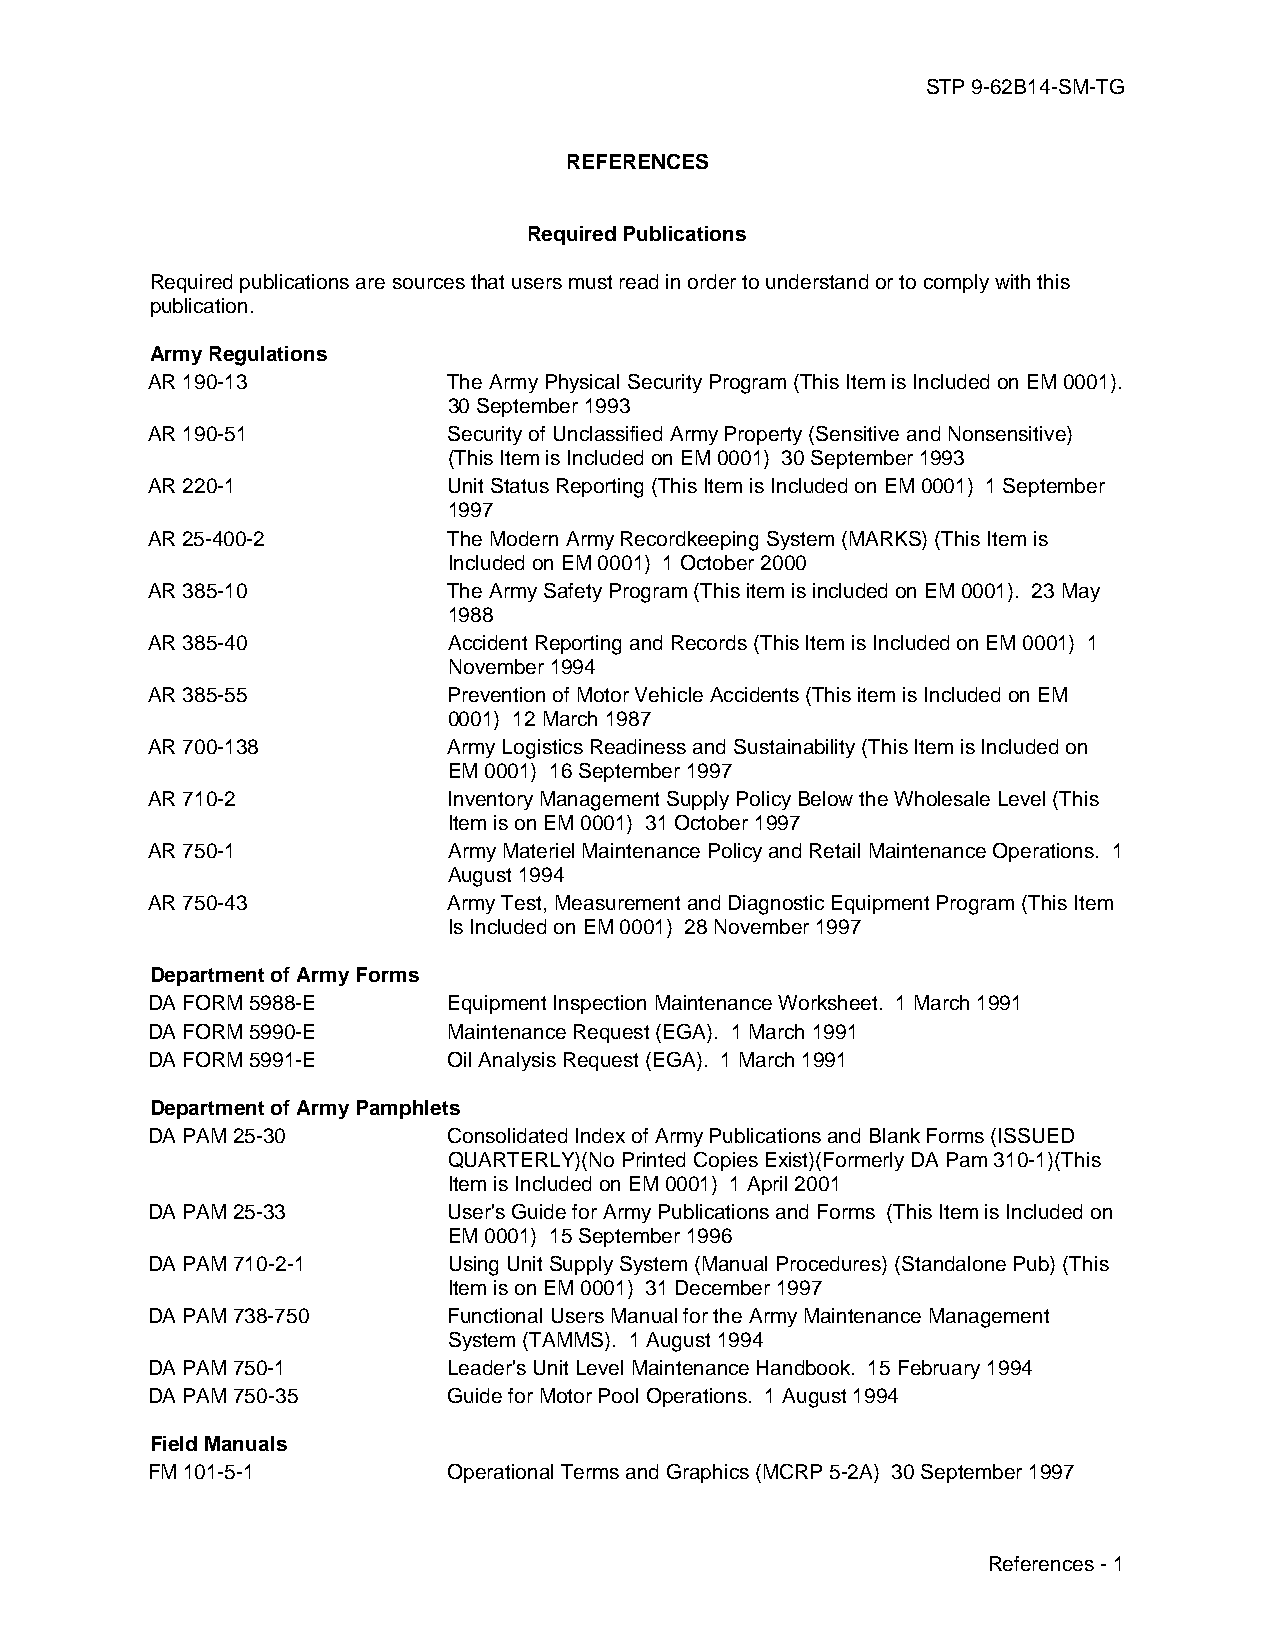
STP 9-62B14-SM-TG
 REFERENCES
 Required Publications
 Required publications are sources that users must read in order to understand or to comply with this
 publication.
 Army Regulations
 AR 190-13           The Army Physical Security Program (This Item is Included on EM 0001).
 30 September 1993
 AR 190-51           Security of Unclassified Army Property (Sensitive and Nonsensitive)
 (This Item is Included on EM 0001) 30 September 1993
 AR 220-1            Unit Status Reporting (This Item is Included on EM 0001) 1 September
 1997
 AR 25-400-2         The Modern Army Recordkeeping System (MARKS) (This Item is
 Included on EM 0001) 1 October 2000
 AR 385-10           The Army Safety Program (This item is included on EM 0001). 23 May
 1988
 AR 385-40           Accident Reporting and Records (This Item is Included on EM 0001) 1
 November 1994
 AR 385-55           Prevention of Motor Vehicle Accidents (This item is Included on EM
 0001) 12 March 1987
 AR 700-138          Army Logistics Readiness and Sustainability (This Item is Included on
 EM 0001) 16 September 1997
 AR 710-2            Inventory Management Supply Policy Below the Wholesale Level (This
 Item is on EM 0001) 31 October 1997
 AR 750-1            Army Materiel Maintenance Policy and Retail Maintenance Operations. 1
 August 1994
 AR 750-43           Army Test, Measurement and Diagnostic Equipment Program (This Item
 Is Included on EM 0001) 28 November 1997
 Department of Army Forms
 DA FORM 5988-E      Equipment Inspection Maintenance Worksheet. 1 March 1991
 DA FORM 5990-E      Maintenance Request (EGA). 1 March 1991
 DA FORM 5991-E      Oil Analysis Request (EGA). 1 March 1991
 Department of Army Pamphlets
 DA PAM 25-30        Consolidated Index of Army Publications and Blank Forms (ISSUED
 QUARTERLY)(No Printed Copies Exist)(Formerly DA Pam 310-1)(This
 Item is Included on EM 0001) 1 April 2001
 DA PAM 25-33        User's Guide for Army Publications and Forms (This Item is Included on
 EM 0001) 15 September 1996
 DA PAM 710-2-1      Using Unit Supply System (Manual Procedures) (Standalone Pub) (This
 Item is on EM 0001) 31 December 1997
 DA PAM 738-750      Functional Users Manual for the Army Maintenance Management
 System (TAMMS). 1 August 1994
 DA PAM 750-1        Leader's Unit Level Maintenance Handbook. 15 February 1994
 DA PAM 750-35       Guide for Motor Pool Operations. 1 August 1994
 Field Manuals
 FM 101-5-1          Operational Terms and Graphics (MCRP 5-2A) 30 September 1997
 References - 1